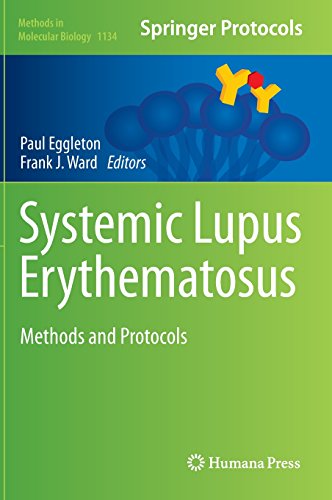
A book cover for Systemic Lupus Erythematosus: Methods and Protocols (Methods in Molecular Biology); Health, Fitness & Dieting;